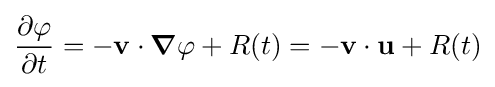
{\frac {\partial \varphi }{\partial t}}=-\mathbf {v} \cdot {\boldsymbol {\nabla }}\varphi +R(t)=-\mathbf {v} \cdot \mathbf {u} +R(t)